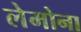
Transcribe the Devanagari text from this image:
लेमोना